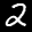
Label: 2